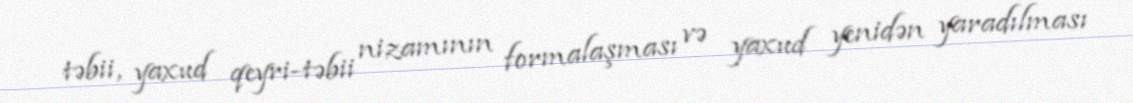
təbii, yaxud qeyri-təbii nizamının formalaşması və yaxud yenidən yaradılması